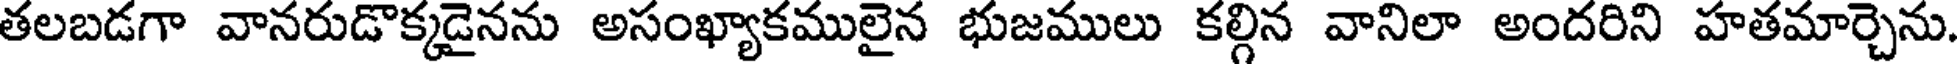
తలబడగా వానరుడొక్కడైనను అసంఖ్యాకములైన భుజములు కల్గిన వానిలా అందరిని హతమార్చెను.